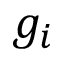
g _ { i }